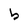
Character: b